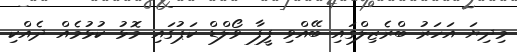
މިދިޔަ އަހަރު ބްރެޒިލްގައި ބޭއްވި ފީފާ ވޯލްޑް ކަޕުގައި މޮޅު ކުޅުމެއް ދެއްކި